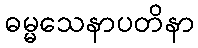
ဓမ္မသေနာပတိနာ